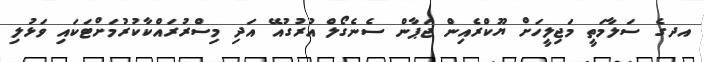
އދގެ ސަލާމަތީ މަޖިލީހަށް ޔޫކްރެއިން ޖަޕާން ސެނެގޯލް އުރުގުއޭ އަދި މިސްރުރައްކާކުރުމަށްޓަކައި ވަޅުލި